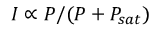
I \propto P / ( P + P _ { s a t } )